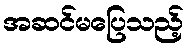
အဆင်မပြေသည့်